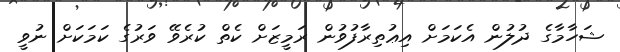
ޝަހާމާގެ ދުލުން އެކަމަށް އިޢުތިރާފުވުން ރަމީޒަށް ކެތް ކުރެވޭ ވަރުގެ ކަމަކަށް ނުވީ